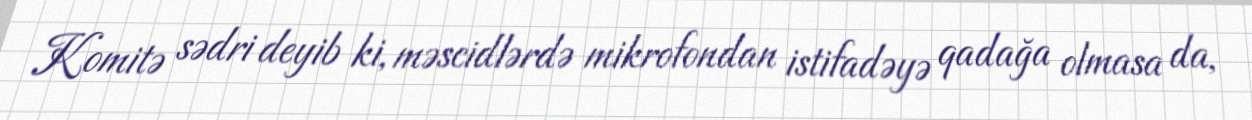
Komitə sədri deyib ki, məscidlərdə mikrofondan istifadəyə qadağa olmasa da,